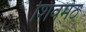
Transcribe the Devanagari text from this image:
शिवमठ